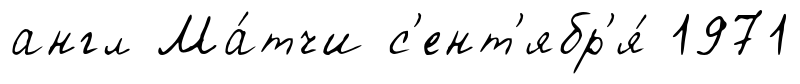
англ Ма́тчи с'ент'ябр'я́ 1971